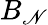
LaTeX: B_{\mathscr{N}}